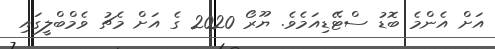
އަށް އެންމެ ބޮޑު ސްޓޭޑިއަމެވެ. ޔޫރޯ 2020 ގެ އަށް މެޗު ވެމްބްލީގައި